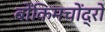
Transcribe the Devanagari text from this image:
बोंकिमचोंद्रो